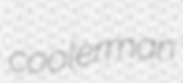
coolerman